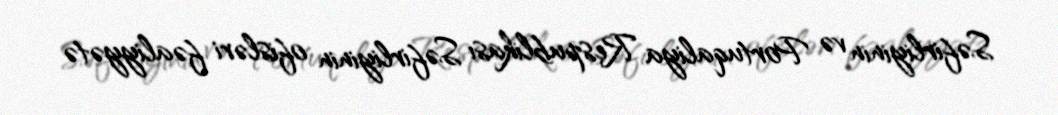
Səfirliyinin və Portuqaliya Respublikası Səfirliyinin ofisləri fəaliyyətə